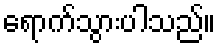
ရောက်သွားပါသည်။